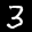
Label: 3